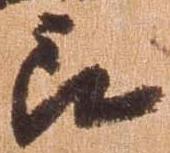
郎